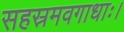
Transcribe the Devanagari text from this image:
सहस्रमवगाधाः।